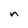
Character: n